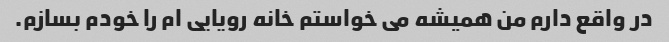
در واقع دارم من همیشه می خواستم خانه رویایی ام را خودم بسازم.